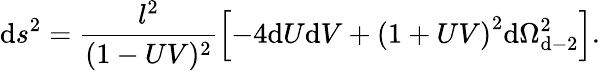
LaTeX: \mathrm{d}s^{2}=\frac{{l^{2}}}{{(1-UV)^{2}}}\left[-4\mathrm{d}U\mathrm{d}V+\left({1+UV}\right)^{2}\mathrm{d}\Omega_{\mathrm{d}-2}^{2}\right].